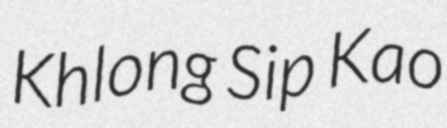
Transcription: Khlong Sip Kao